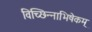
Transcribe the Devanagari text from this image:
विच्छिन्नाभिषेकम्